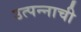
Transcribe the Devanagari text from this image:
उत्पन्‍नाची